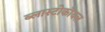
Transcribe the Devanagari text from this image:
ब्लास्टोकॉयल